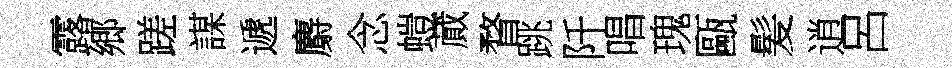
露郷蹉謀遞麝念螘蕆瞀跳阡唱瑰甌髪逍呂